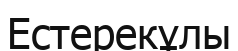
Естерекұлы